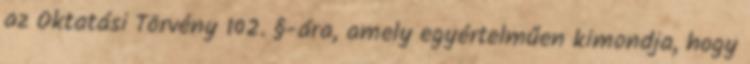
az Oktatási Törvény 102. §-ára, amely egyértelműen kimondja, hogy